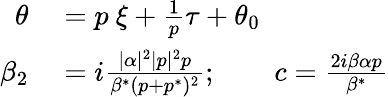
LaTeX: \begin{array}{rl}{\theta}&{{}=p\ \xi+\frac{1}{p}\tau+\theta_{0}}\\ {\beta_{2}}&{{}=i\frac{|\alpha|^{2}|p|^{2}p}{\beta^{*}(p+p^{*})^{2}};\quad\quad c=\frac{2i\beta\alpha p}{\beta^{*}}}\end{array}